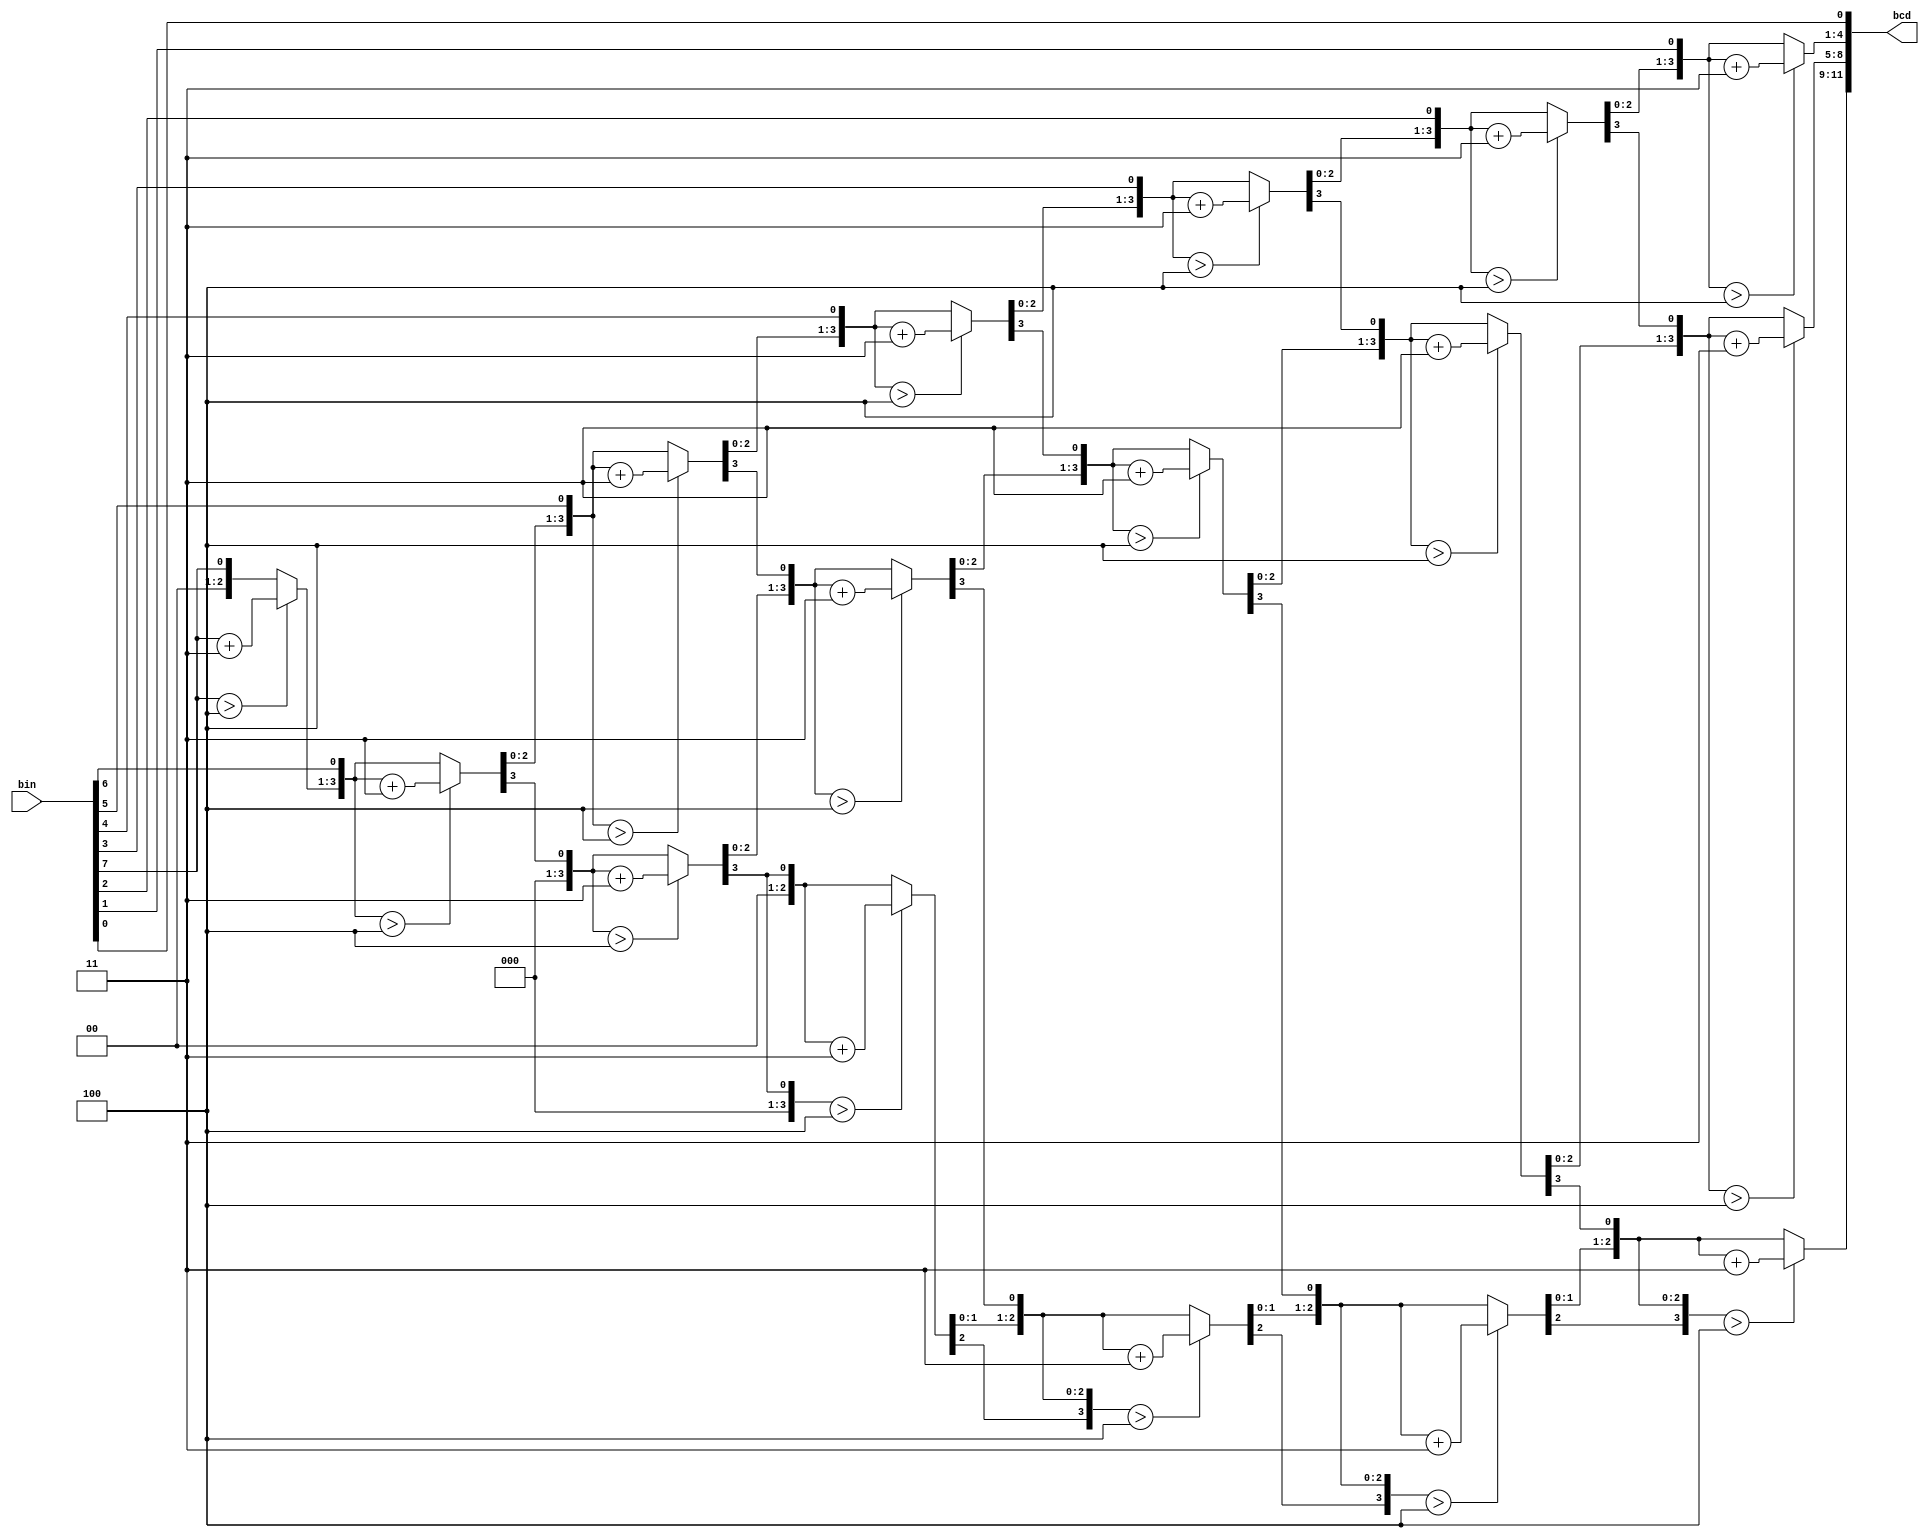
`timescale 1ns / 1ps
//////////////////////////////////////////////////////////////////////////////////
// Company: 
// Engineer: 
// 
// Design Name: 
// Module Name:    bin2bcd_8_bit 
// Project Name: 
// Target Devices: 
// Tool versions: 
// Description: 
//
// Dependencies: 
//
// Revision: 
// Revision 0.01 - File Created
// Additional Comments: 
//
//////////////////////////////////////////////////////////////////////////////////
 module bin2bcd_8_bit(
    bin,
     bcd
    );

    
    //input ports and their sizes
    input [7:0] bin;
    //output ports and, their size
    output [11:0] bcd;
    //Internal variables
    reg [11 : 0] bcd; 
     reg [3:0] i;   
     
     //Always block - implement the Double Dabble algorithm
     always @(bin)
        begin
            bcd = 0; //initialize bcd to zero.
            for (i = 0; i < 8; i = i+1) //run for 8 iterations
            begin
                bcd = {bcd[10:0],bin[7-i]}; //concatenation
                    
                //if a hex digit of 'bcd' is more than 4, add 3 to it.  
                if(i < 7 && bcd[3:0] > 4) 
                    bcd[3:0] = bcd[3:0] + 3;
                if(i < 7 && bcd[7:4] > 4)
                    bcd[7:4] = bcd[7:4] + 3;
                if(i < 7 && bcd[11:8] > 4)
                    bcd[11:8] = bcd[11:8] + 3;  
            end
        end     
                
endmodule